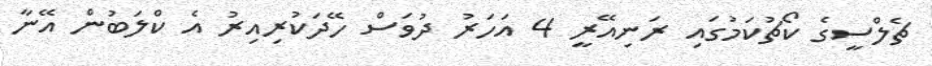
ޗެލްސީގެ ކޯޗުކަމުގައި ރަނިއޭރީ 4 އަހަރު ދުވަސް ހޭދަކުރިއިރު އެ ކްލަބުން އޭނާ